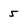
Character: 5